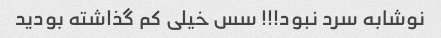
نوشابه سرد نبود!!! سس خیلی کم گذاشته بودید